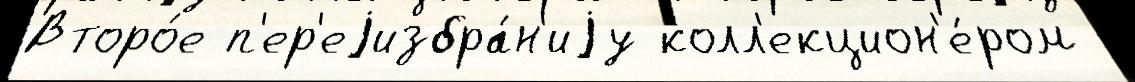
Второ́е п'ер'еjизбра́н'иjу колл'екцион'е́ром